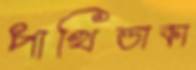
পাখিডাকা